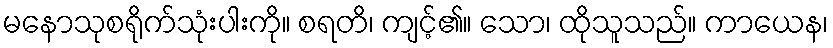
မနောသုစရိုက်သုံးပါးကို။ စရတိ၊ ကျင့်၏။ သော၊ ထိုသူသည်။ ကာယေန၊